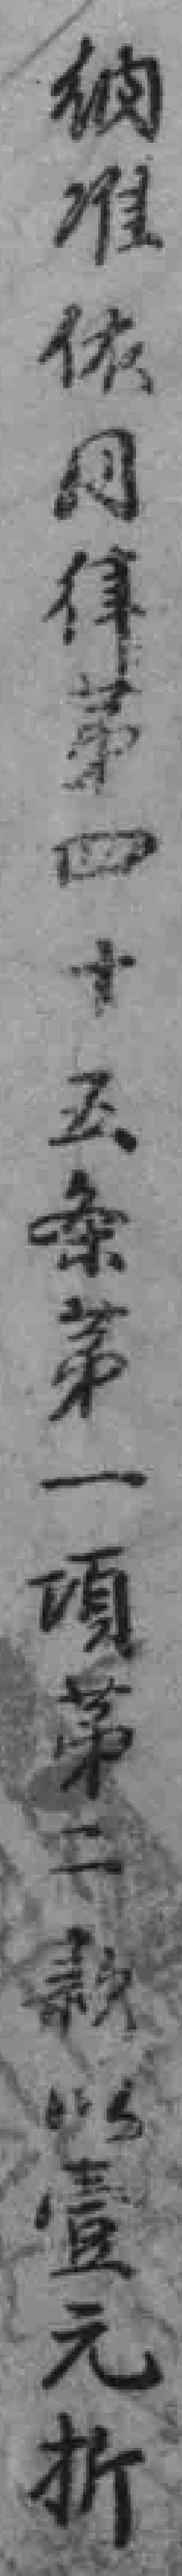
纳准同律第四十五条第一項第二款以壹元折